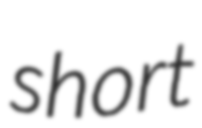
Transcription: short